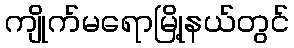
ကျိုက်မရောမြို့နယ်တွင်